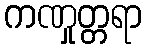
ကဏှုတ္တရာ